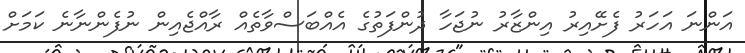
އަންނަ އަހަރު ފެށޭއިރު އިންޒާރު ނުޖަހާ ދުންފަތުގެ އެއްބަސްވާތެއް ރާއްޖެއިން ނުފެންނާނެ ކަމަށް